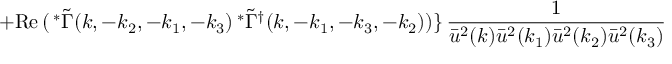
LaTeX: + \mathrm { R e } \, ( \, ^ { \ast } \tilde { \Gamma } ( k , - k _ { 2 } , - k _ { 1 } , - k _ { 3 } ) \, ^ { \ast } \tilde { \Gamma } ^ { \dagger } ( k , - k _ { 1 } , - k _ { 3 } , - k _ { 2 } ) ) \} \, \frac { 1 } { \bar { u } ^ { 2 } ( k ) \bar { u } ^ { 2 } ( k _ { 1 } ) \bar { u } ^ { 2 } ( k _ { 2 } ) \bar { u } ^ { 2 } ( k _ { 3 } ) }